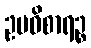
ဥပဝိစာရဉ္စ